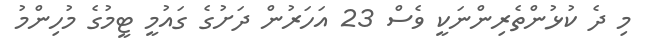
މި ދެ ކުޅުންތެރިންނަކީ ވެސް 23 އަހަރުން ދަށުގެ ގައުމީ ޓީމުގެ މުހިންމު